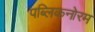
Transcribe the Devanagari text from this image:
पब्लिकनोरम